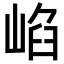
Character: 𡸞